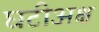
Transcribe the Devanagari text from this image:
घटीअक्ष